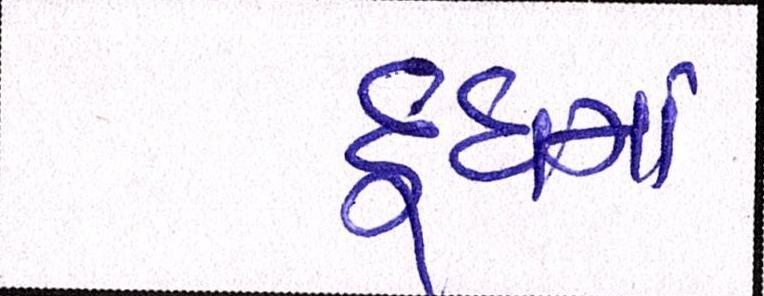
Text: દૂધમાં